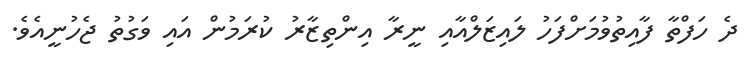
ދެ ހަފްތާ ފާއިތުވުމަށްފަހު ލައިޒަލްއާއި ނީރާ އިންތިޒާރު ކުރަމުން އައި ވަގުތު ޖެހުނީއެވެ.